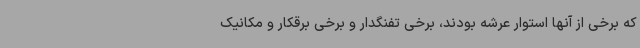
که برخی از آنها استوار عرشه بودند، برخی تفنگدار و برخی برقکار و مکانیک